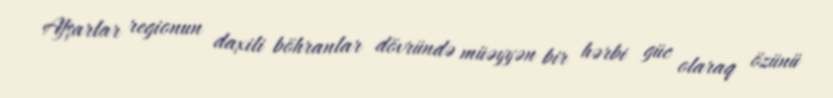
Afşarlar regionun daxili böhranlar dövründə müəyyən bir hərbi güc olaraq özünü